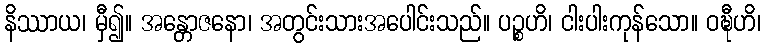
နိဿာယ၊ မှီ၍။ အန္တောဇနော၊ အတွင်းသားအပေါင်းသည်။ ပဉ္စဟိ၊ ငါးပါးကုန်သော။ ဝဍ္ဎီဟိ၊